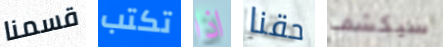
قسمنا تكتب اذا حقنا سيكشف